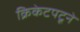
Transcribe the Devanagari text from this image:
क्रिकेटपटूने